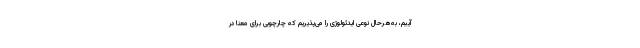
آییم، به‌هرحال نوعی ایدئولوژی را می‌پذیریم که چارچوبی برای معنا در